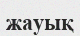
жауық